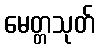
မေတ္တသုတ်